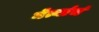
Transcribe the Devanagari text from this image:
नेत्यांचं